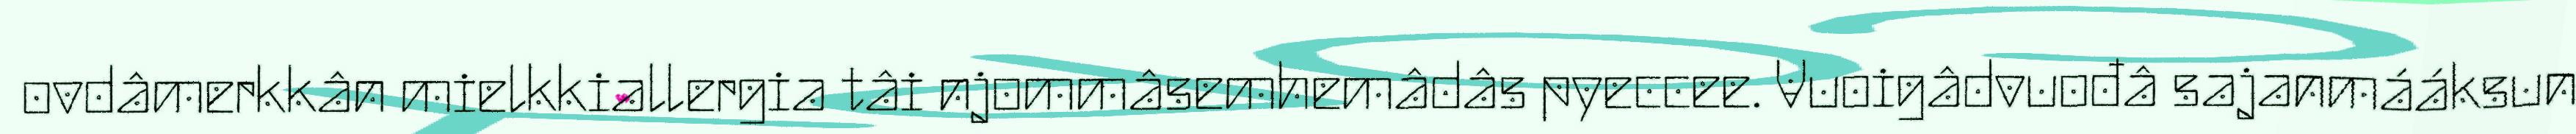
ovdâmerkkân mielkkiallergia tâi njommâsemhemâdâs pyeccee. Vuoigâdvuođâ sajanmááksun